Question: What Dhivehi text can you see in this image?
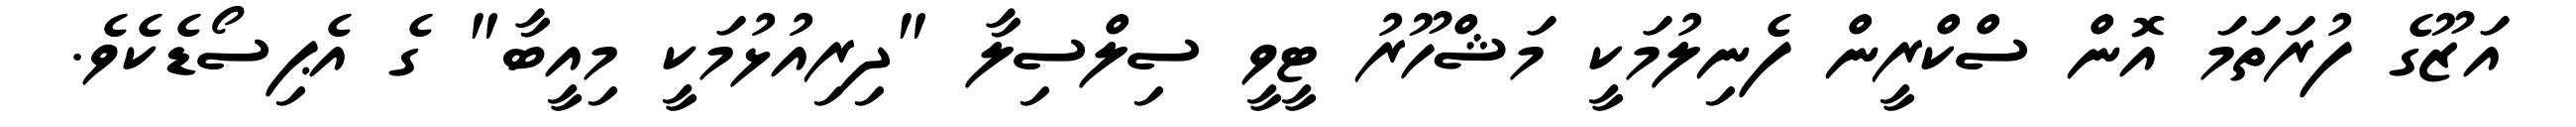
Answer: އަޒޫގެ ފުރަތަމަ އޮން ސްކްރީން ފެނިލުމަކީ މަޝްހޫރު ޓީވީ ސިލްސިލާ "ދިރިއުޅުމަކީ މިއީބާ" ގެ އެޕިސޯޑެކެވެ.